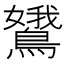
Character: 𬷭